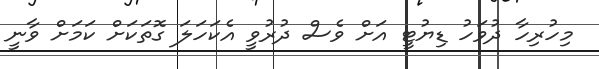
މިހުރިހާ ދުވަހު ޑިޔުޓީ އަށް ވެސް ދުރުވީ އެކަހަލަ ގޮތަކަށް ކަމަށް ވާނީ